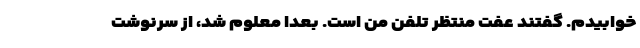
خوابیدم‌. گفتند عفت‌ منتظر تلفن‌ من‌ است‌. بعدا معلوم‌ شد، از سرنوشت‌